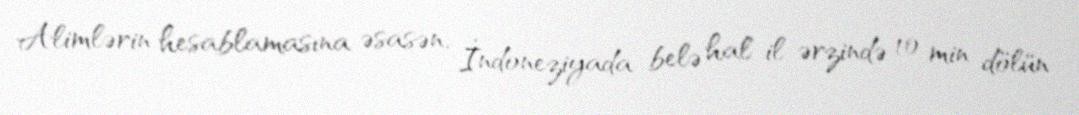
Alimlərin hesablamasına əsasən, İndoneziyada belə hal il ərzində 10 min dölün